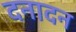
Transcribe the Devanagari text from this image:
दनादन